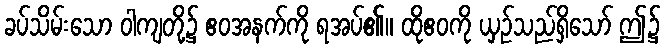
ခပ်သိမ်းသော ဝါကျတို့၌ ဧဝအနက်ကို ရအပ်၏။ ထိုဧဝကို ယှဉ်သည်ရှိသော် ဤ၌